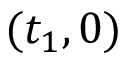
( t _ { 1 } , 0 )